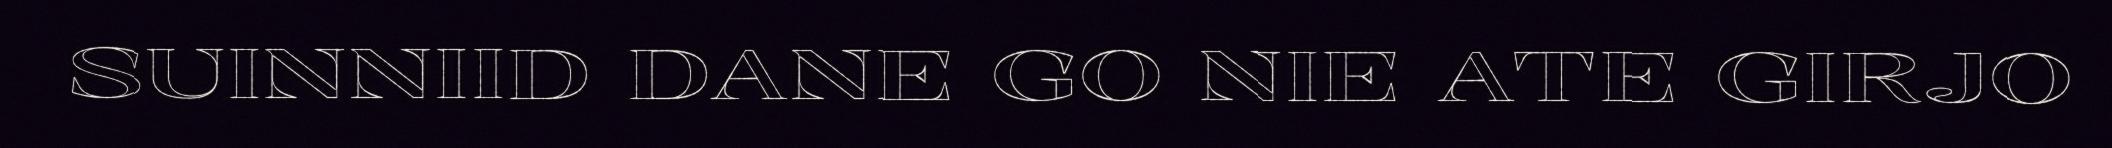
SUINNIID DANE GO NIE ATE GIRJO